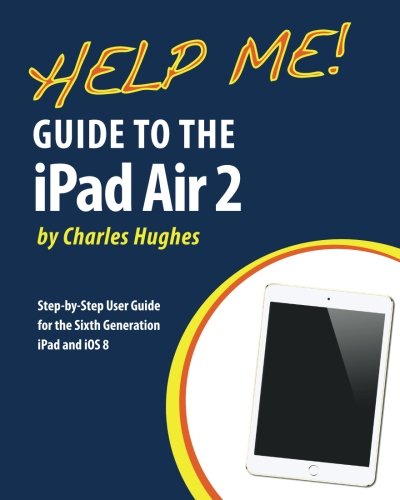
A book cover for Help Me! Guide to the iPad Air 2: Step-by-Step User Guide for the Sixth Generation iPad and iOS 8; Charles Hughes; Computers & Technology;